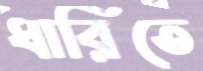
ধারিতে